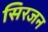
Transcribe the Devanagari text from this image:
सिरजन